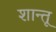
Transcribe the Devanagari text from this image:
शान्तू